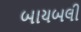
બાયબલી